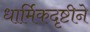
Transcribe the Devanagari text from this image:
धार्मिकदृष्टीने